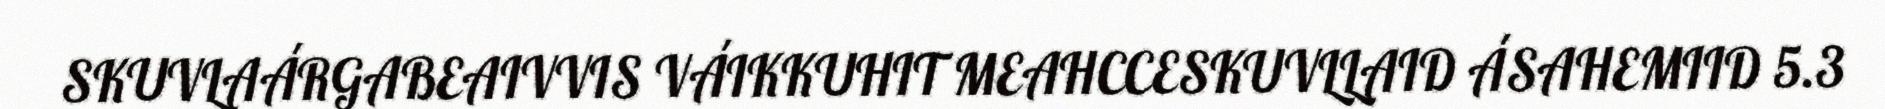
SKUVLAÁRGABEAIVVIS VÁIKKUHIT MEAHCCESKUVLLAID ÁSAHEMIID 5.3